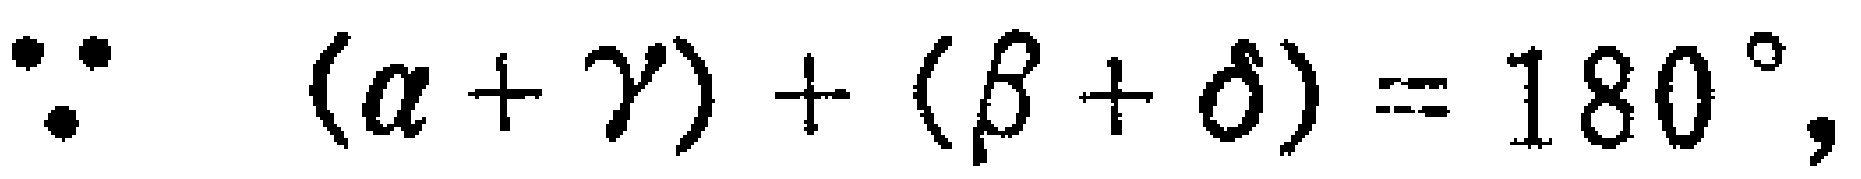
$\because (\alpha + \gamma)+(\beta + \delta)=180^{\circ},$